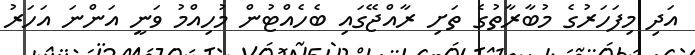
އަދި މިފަހަރުގެ މުބާރާތުގެ ތަށި ރާއްޖޭގައި ބެހެއްޓުން މުހިއްމު ވަނީ އަންނަ އަހަރު